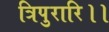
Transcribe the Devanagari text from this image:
त्रिपुरारि।।